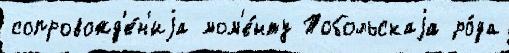
сопровожд'е́н'иjа мом'е́нту Тобольскаjа ро́да